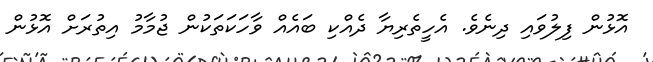
އޮޅުން ފިލުވައި ދިނެވެ. އެހީތެރިޔާ ދެއްކި ބައެއް ވާހަކަތަކުން ޖުމާމު އިތުރަށް އޮޅުން